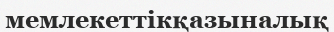
мемлекеттікқазыналық